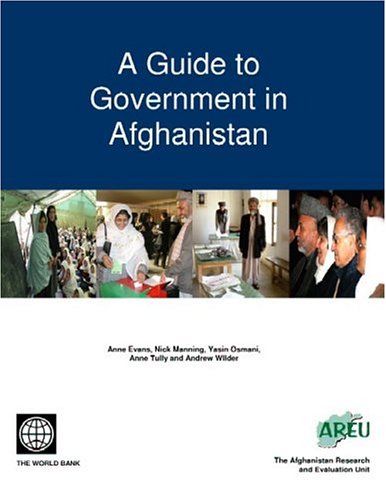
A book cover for A Guide to Government in Afghanistan; Nick Manning; Law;